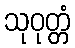
သုဝုတ္တံ